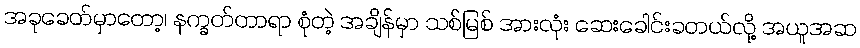
အခုခေတ်မှာတော့၊ နက္ခတ်တာရာ စုံတဲ့ အချိန်မှာ သစ်မြစ် အားလုံး ဆေးခေါင်းခတယ်လို့ အယူအဆ